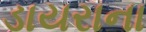
ડાયરાના